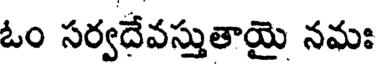
ఓం సర్వదేవస్తుతాయై నమః